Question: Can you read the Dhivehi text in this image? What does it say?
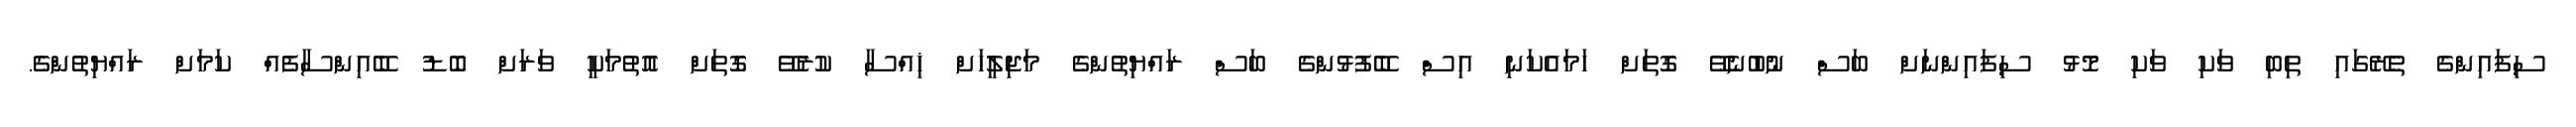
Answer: ސިފައިންގެ ތެރޭގައި ތިބި ވަކި ވަކި މޮޅު ސިފައިންނަށް ބަސް ނުބުނެވޭ ގޮތަށް ހަމައެކަނި އިސް ބޭފުޅުންގެ ބަސް ރައްޔިތުންގެ މަޖިލީހަށް ޚިއްސާ ކުރެވޭ ގޮތަށް އޮތުމަކީ ވަރަށް ބޮޑު ބޭއިންސާފެއް ކަމަށް ރައްޔިތުންގެ.